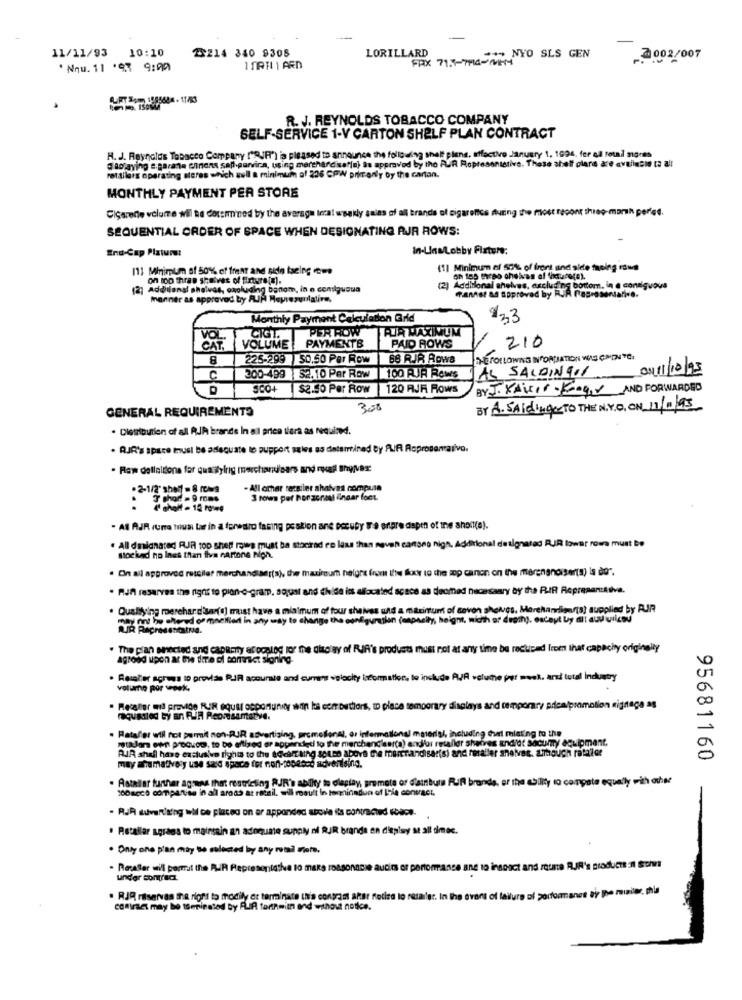
---
10:10
23214 340 9308
11/11/93
LORILLARD
FAX 71:5-746 - WHY
** NYO SLS GEN
2002/007
* Nnu. 11 .93 9:00
R. J. REYNOLDS TOBACCO COMPANY
SELF-SERVICE 1-V CARTON SHELF PLAN CONTRACT
H. J. Reynolds Tobacco Company I"RIR') is pleased to announce the following shelf plene, effective January 1, 1994, fer ol retail stores
aosaying e parate canons sell.parvira, using marchandisefin) as approved by tho AUR Ropresentetive. These shelf clara are available to all
retailers operating steres which gull a minimum of 226 CPW print only by the carton.
MONTHLY PAYMENT PER STORE
Cigarette volume wil be doremined by the average Incal weekly saias of all brands of cigarence during the most recont three-morh perfed.
SEQUENTIAL ORDER OF SPACE WHEN DESIGNATING AJR ROWS:
End-Cap Piziun:
In-UnsLobby Fixture:
111 Minimum af 50% of frent and sido tseing ue
(1] Minimum of 50% of front and side faoing rowe
on top thras scrives of figure(e).
Additional shelves, excluding banom, in o conilquoua
Additional shelves, excluding bottom, in @ contiguous
Fanter ad approved by RUA resta
manner as approved by AJA Meprezuolalire,
andtative.
Monthly Payment Calculation Grid
123
PER ROW
FUIR MAXIMUM
CIGI.
210
CAT, VOLUME
PAYMENTB
PAID ROWS
8
225-299 50.50 Par Row
68 RJR ADWS
THE FOLLOWING INFORMATION WAS CION YCH
TAS SALPINGO
ON11/10/93
C
300-499 $2.10 Per Row
100 RJR Rows
500+ $2.50 Per Row |120 RJR Rows
BY. J. Xxixer Koge AND FORWARDED
GENERAL REQUIREMENTS
300
BY A.SALGINgo TO THE N.Y.O. ON 11/11/95
· Dietioutien of all RJA brands In all price tiera as required.
· RJR's space Imust be adequate le support sies as determined By AIR Roprosarativo.
. Raw dellalitona far qualifying merchandisers and recall Shyives:
. 2-1/2 3hey - 8 rows
- All orhar retailer ahalves compusa
3 rows per honzonest ingar foot.
· AS AJR rurra tousi bar in a forwaro fasing postion and occuby te enpre dapen of the shoit(e).
. All designated RJR to0 Shed mois must ba stockrad en less than neven canses nigh. Additional designated RIR lower rowra must be
stocked no Ines than five cartons Non.
. On ail approved retailer merchandiser(a), the maximum nelgre from Ifte foxy to the top canon on the merengnoiser(s) is do".
. RJA reserves the right to pion-o-gram, aqual and hide in allocated scace as deomed necessary by the RIR Representtilve.
. Qualifying merehard'sar(d) must have a minimum of four shelves und a maximum of savon shelves, Merehandliguria) supplied by PUR
may not be altered of mneifled in any ardy to change the configuration (espnelly, height, width or death). esceyt by dit auv wliceu
. The pian shected and capacity ar ooslag for the display of RIA's products must not at any time be reduced from that capacity originally
agrood upon at the fire di contract signing-
· Rester across to provide RJA accurate and current velocity information, to include RUA volume per week, and total industry
volume por week,
· Recaller wil provide RIR equal opportunity sin ks con buthors, to place temporary displays and temporary aricalpromotion signage ag
raquiasled by an RUA Reovisamarye.
. Rataller will not permit non-RJR advertising, aromellenel, or informations material, including turt miating to the
ataJar own procuom, to be ertized er appended to the merchandiser(a) andlar retaller shares andiet Sacurry equipment.
RIR shall have exclusive rights to the adcift ling souce above the merchandiser(s) and foraller shelves. although rataller
may Ehamatively use sand space for non-ropesod advertising.
95681160
. Astellar further agsans that restricting RJR's ability to claplay, premete or distribute Rufl brands, er the ability to compete equally with other
100acce compartise in all areas at retail. will result in tominadun of ITis contract.
. RJR duvartiating wil be placed on or apponded above its contracted fbacs.
· Retallar agrães to mainsein an adequate sunniy ni RUR brande en depisy at all times.
· Only one plan may so selected by any romal state.
· Regaler wil permit the PUR Representative so make reasonable aucis or performance and to inspect and reuma RUR's products il Son
under contract.
. RJR reservas the right to mhodily de terminate it's contram akar Rotira lo resaller. In the svart of failure of pocformanes By the minier. hu
contraes may be terminated by FLIR tarihwith and without notice.